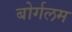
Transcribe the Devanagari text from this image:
बोर्गलम